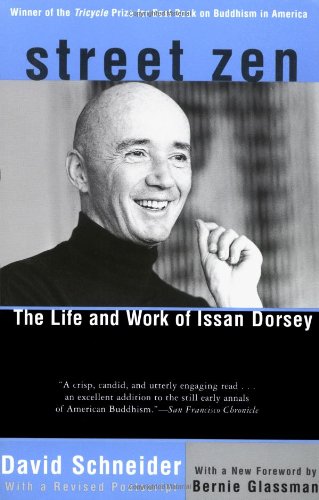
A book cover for Street Zen: The Life and Work of Issan Dorsey; David Schneider; Gay & Lesbian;